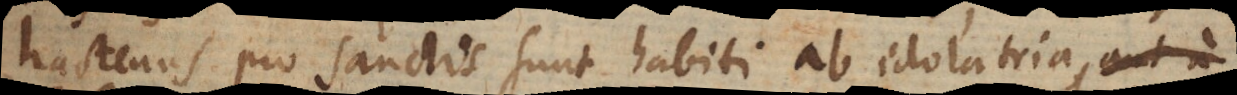
hactenus pro Sanctis sunt habiti ab idololatria aut